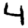
Digit: 4